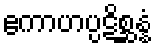
ဧကာဟပ္ပဋိစ္ဆန္နံ